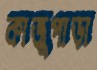
কাজুপাড়া